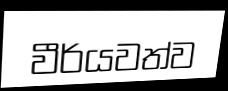
වීර්යවත්ව